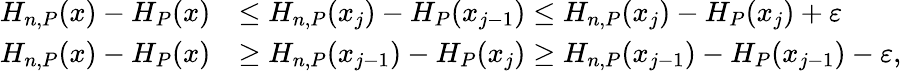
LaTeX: \begin{array}{rl}{H_{n,P}(x)-H_{P}(x)}&{\leq H_{n,P}(x_{j})-H_{P}(x_{j-1})\leq H_{n,P}(x_{j})-H_{P}(x_{j})+\varepsilon}\\ {H_{n,P}(x)-H_{P}(x)}&{\geq H_{n,P}(x_{j-1})-H_{P}(x_{j})\geq H_{n,P}(x_{j-1})-H_{P}(x_{j-1})-\varepsilon,}\end{array}